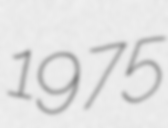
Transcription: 1975